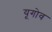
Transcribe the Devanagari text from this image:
यूगोव